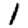
Digit: 1